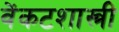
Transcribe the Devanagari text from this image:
वेंकटशास्त्री